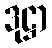
ဒုဋ္ဌာ